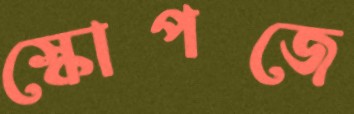
স্কোপজে